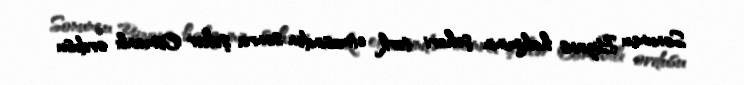
Sonuncu Bizans hakiminin şəhəri tərk etməsindən sonra şəhər Osmanlı ordusu